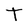
Character: T